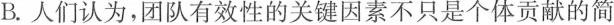
B.人们认为，团队有效性的关键因素不只是个体贡献的简